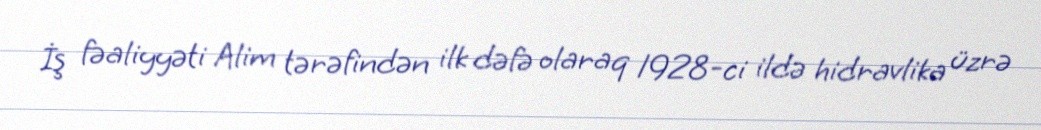
İş fəaliyyəti Alim tərəfindən ilk dəfə olaraq 1928-ci ildə hidravlika üzrə